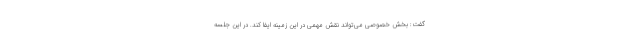
گفت: بخش خصوصی می‌تواند نقش مهمی در این زمینه ایفا کند. در این جلسه